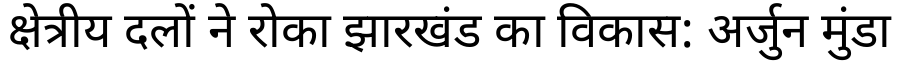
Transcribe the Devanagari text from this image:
क्षेत्रीय दलों ने रोका झारखंड का विकास: अर्जुन मुंडा